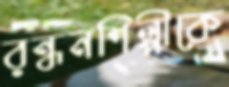
রন্ধনশিল্পীকে